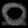
Digit: ၀